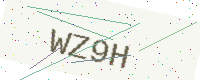
Text: WZ9H